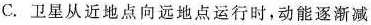
C.卫星从近地点向远地点运行时，动能逐渐减